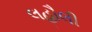
લહૌલી